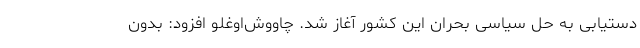
دستیابی به حل سیاسی بحران این کشور آغاز شد. چاووش‌اوغلو افزود: بدون